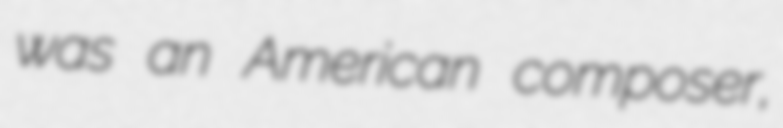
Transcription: was an American composer,